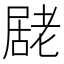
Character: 𭕮